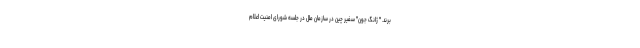
برند. " ژانگ جون" سفیر چین در سازمان ملل در جلسه شورای امنیت اعلام